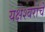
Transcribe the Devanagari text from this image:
यक्षेश्वरांचे